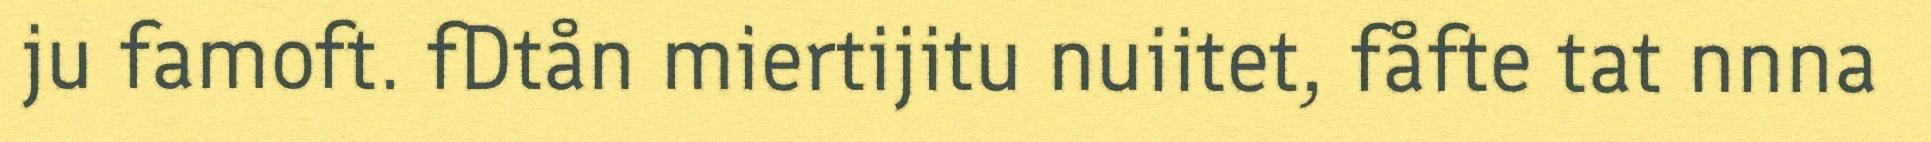
ju famoft. fDtån miertijitu nuiitet, fåfte tat nnna